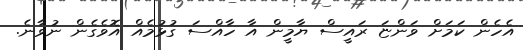
އެހެން ކަމަށް ވަންޏަ ރައީސް ޔާމީން އާ ހާއްސަ ގުޅުމެއް އޮވެގެން ނުވާނެ.